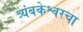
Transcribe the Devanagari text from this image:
त्र्यंबकेश्वरचा